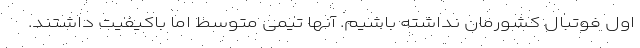
اول فوتبال کشورمان نداشته باشیم. آنها تیمی متوسط اما باکیفیت داشتند.